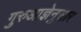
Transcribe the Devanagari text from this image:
गुरुआज्ञेनुसार